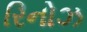
રિનોઝ